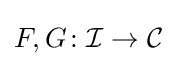
F,G\colon {\mathcal {I}}\rightarrow {\mathcal {C}}